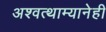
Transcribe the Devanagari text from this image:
अश्वत्थाम्यानेही